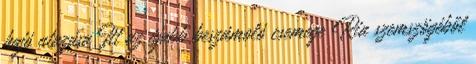
hajó utazása Itt az újabb beszámoló csemege Ria szemszögéből